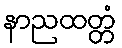
နာညထတ္တံ